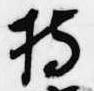
持